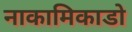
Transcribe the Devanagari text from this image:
नाकामिकाडो